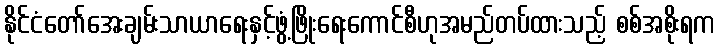
နိုင်ငံတော်အေးချမ်းသာယာရေးနှင့်ဖွံ့ဖြိုးရေးကောင်စီဟုအမည်တပ်ထားသည့် စစ်အစိုးရက